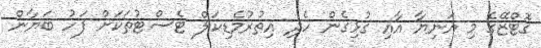
ގޮޓްޒޭގެ މި އަނިޔާ އާއި ގުޅިގެން ހެދި އިތުރުމެޑިކަލް ޓެސްޓުތަކަށް ފަހު ބަޔާން